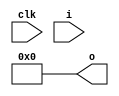
// DESCRIPTION: Verilator: Verilog Test module
//
// This file ONLY is placed into the Public Domain, for any use,
// without warranty, 2016 by Wilson Snyder.

module t (/*AUTOARG*/
   // Outputs
   o,
   // Inputs
   clk, i
   );

   input clk;

   input [31:0] i;
   output [31:0] o;

   assign o = i << 64'h01234567_89abcdef;

endmodule